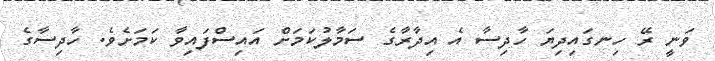
ވަނީ ރޭ ހިނގައިދިޔަ ހާދިސާ އެ އިދާރާގެ ސަމާލުކަމަށް އައިސްފައިވާ ކަމަށެވެ. ހާދިސާގެ